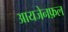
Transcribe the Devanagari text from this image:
आयजेनफ़ल